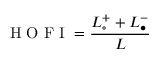
\mathrm { ~ H ~ O ~ F ~ I ~ } = \frac { L _ { \circ } ^ { + } + L _ { \bullet } ^ { - } } { L }